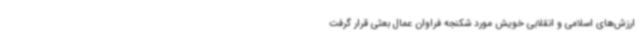
ارزش‌های اسلامی و انقلابی خویش مورد شکنجه فراوان عمال بعثی قرار گرفت